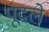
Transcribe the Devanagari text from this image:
पूदले